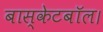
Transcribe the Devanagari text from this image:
बास्केटबॉल।